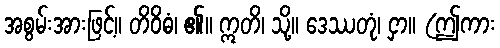
အစွမ်းအားဖြင့်။ တိဝိဓံ၊ ၏။ ဣတိ၊ သို့။ ဒေဿတုံ၊ ငှာ။ (ဤကား